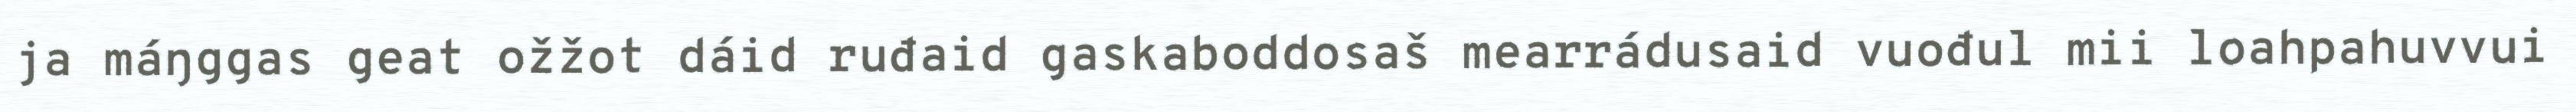
ja máŋggas geat ožžot dáid ruđaid gaskaboddosaš mearrádusaid vuođul mii loahpahuvvui